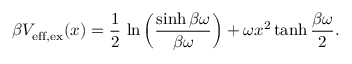
\beta V _ { \mathrm { e f f , e x } } ( x ) = \frac { 1 } { 2 } \, \ln \left( \frac { \sinh \beta \omega } { \beta \omega } \right) + \omega x ^ { 2 } \operatorname { t a n h } \frac { \beta \omega } { 2 } .